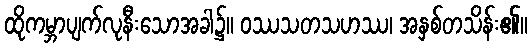
ထိုကမ္ဘာပျက်လုနီးသောအခါ၌။ ဝဿသတသဟဿ၊ အနှစ်တသိန်း၏။